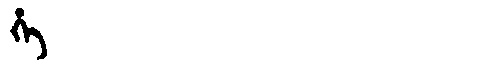
Manchu: ᡥᡝ
Romanization: HE